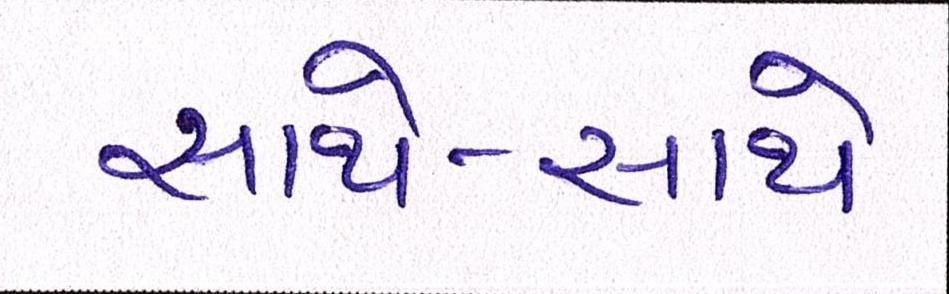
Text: સાથે-સાથે